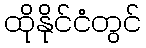
ထိုနိုင်ငံတွင်